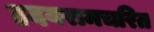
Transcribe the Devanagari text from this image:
हृदयरामचरित